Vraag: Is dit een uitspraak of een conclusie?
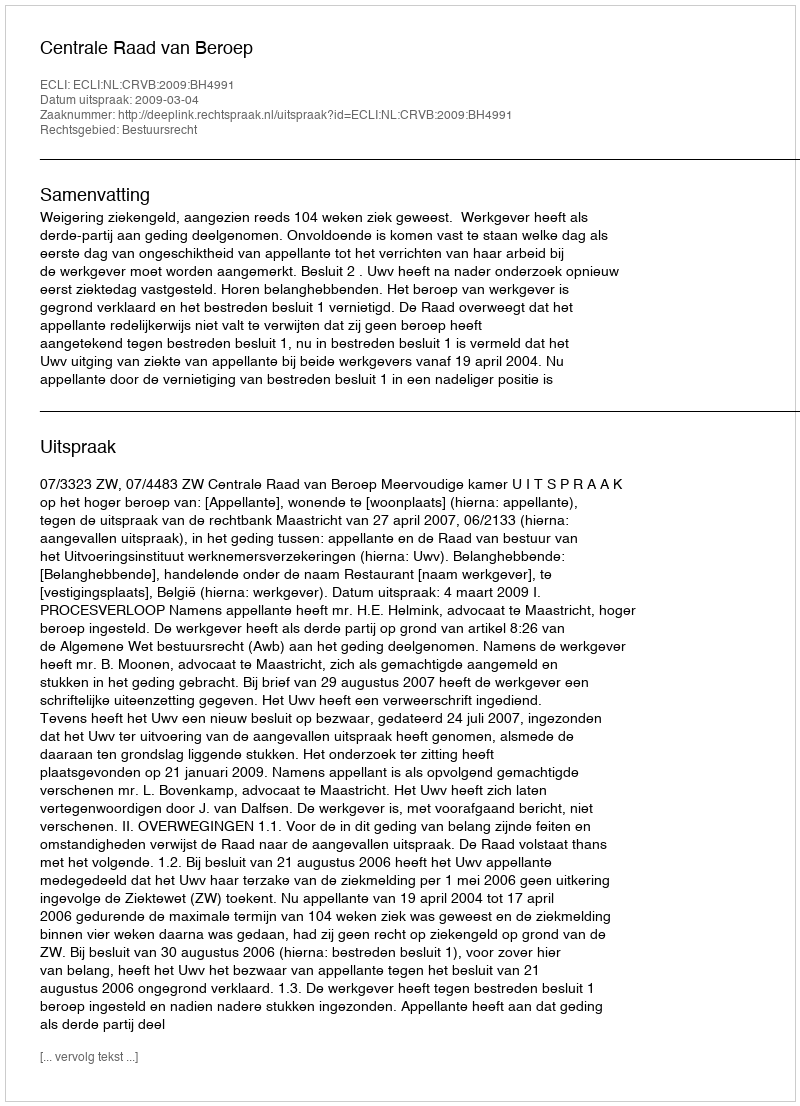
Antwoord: Uitspraak